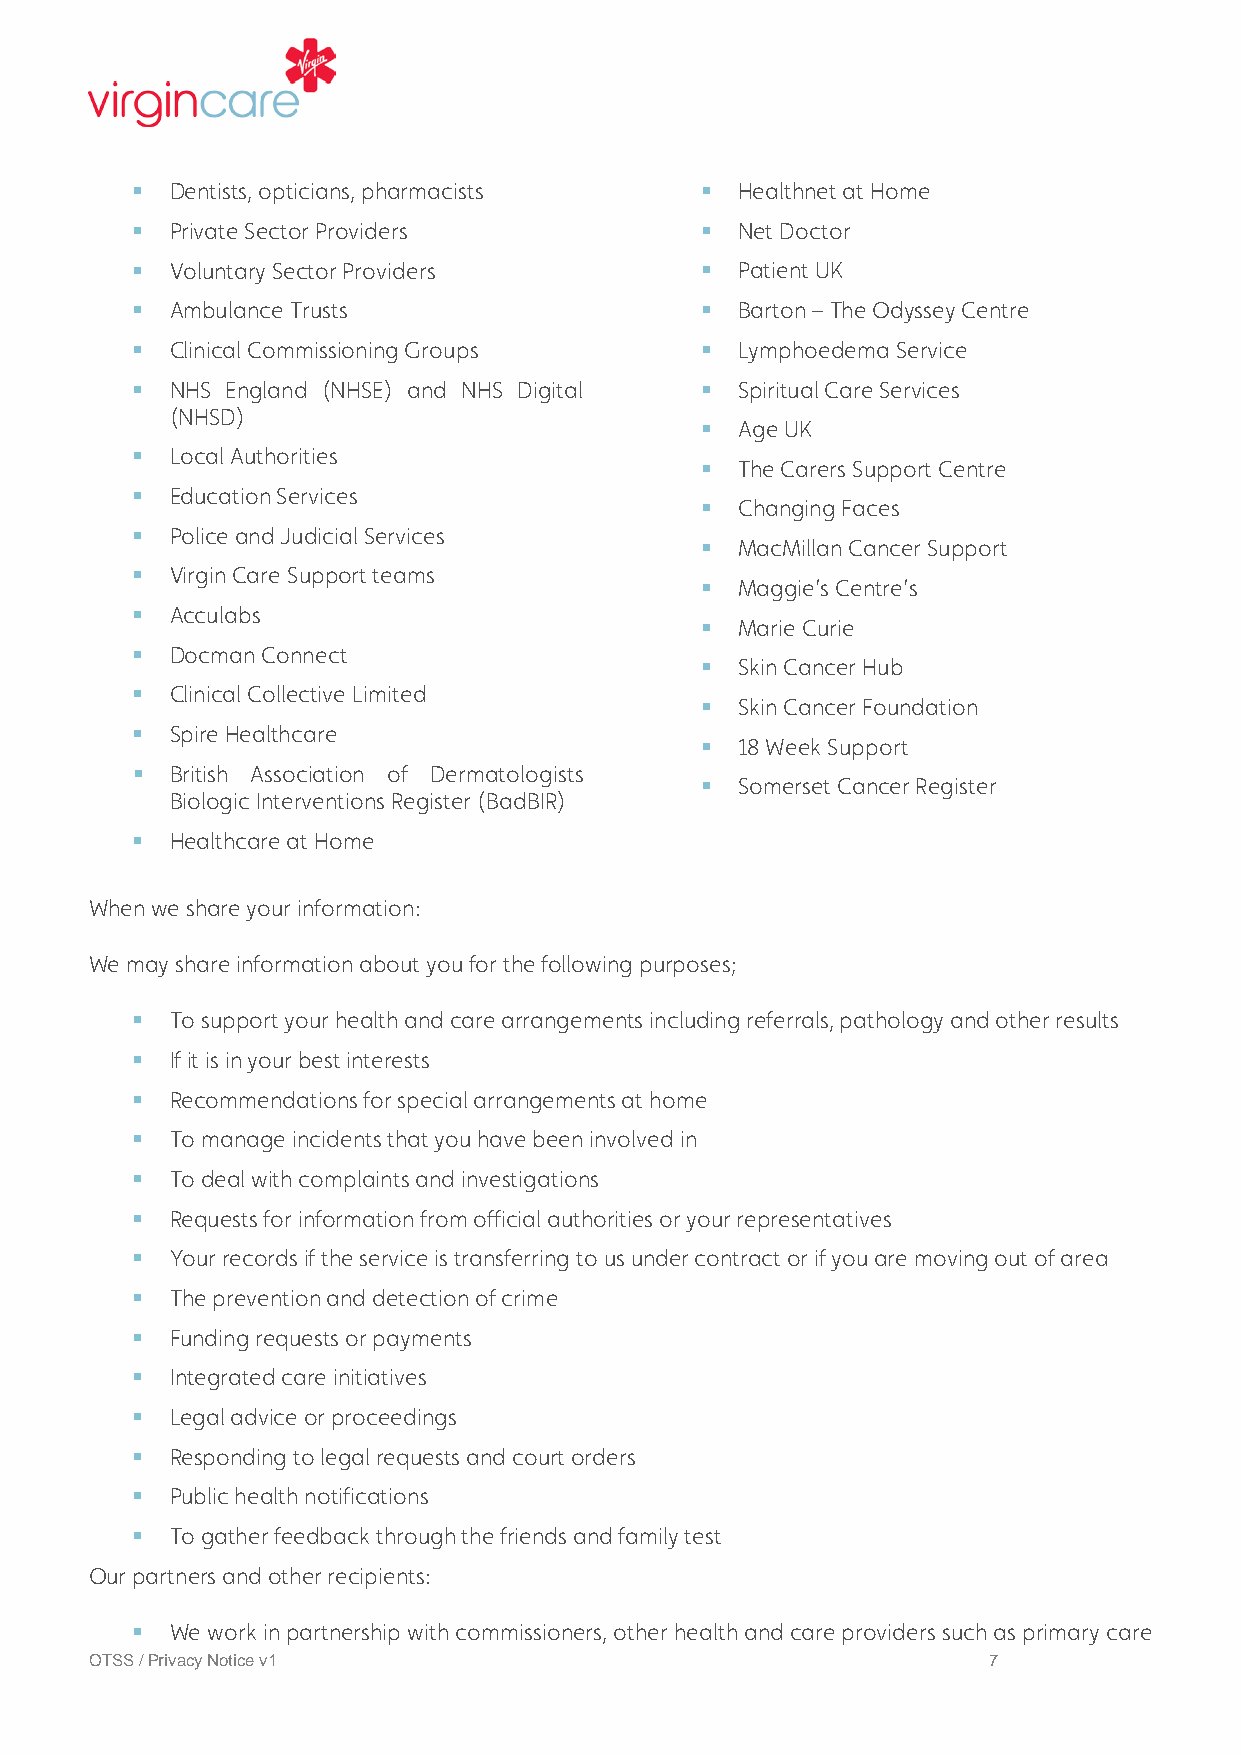
 Dentists, opticians, pharmacists     Healthnet at Home
  Private Sector Providers             Net Doctor
  Voluntary Sector Providers           Patient UK
  Ambulance Trusts                     Barton – The Odyssey Centre
  Clinical Commissioning Groups        Lymphoedema Service
  NHS England (NHSE) and NHS Digital   Spiritual Care Services
 (NHSD)
   Age UK
  Local Authorities
   The Carers Support Centre
  Education Services
   Changing Faces
  Police and Judicial Services
   MacMillan Cancer Support
  Virgin Care Support teams
   Maggie’s Centre’s
  Acculabs
   Marie Curie
  Docman Connect
   Skin Cancer Hub
  Clinical Collective Limited
   Skin Cancer Foundation
  Spire Healthcare
   18 Week Support
  British Association of Dermatologists
   Somerset Cancer Register
 Biologic Interventions Register (BadBIR)
  Healthcare at Home
 When we share your information:
 We may share information about you for the following purposes;
  To support your health and care arrangements including referrals, pathology and other results
  If it is in your best interests
  Recommendations for special arrangements at home
  To manage incidents that you have been involved in
  To deal with complaints and investigations
  Requests for information from official authorities or your representatives
  Your records if the service is transferring to us under contract or if you are moving out of area
  The prevention and detection of crime
  Funding requests or payments
  Integrated care initiatives
  Legal advice or proceedings
  Responding to legal requests and court orders
  Public health notifications
  To gather feedback through the friends and family test
 Our partners and other recipients:
  We work in partnership with commissioners, other health and care providers such as primary care
 OTSS / Privacy Notice v1                                   7